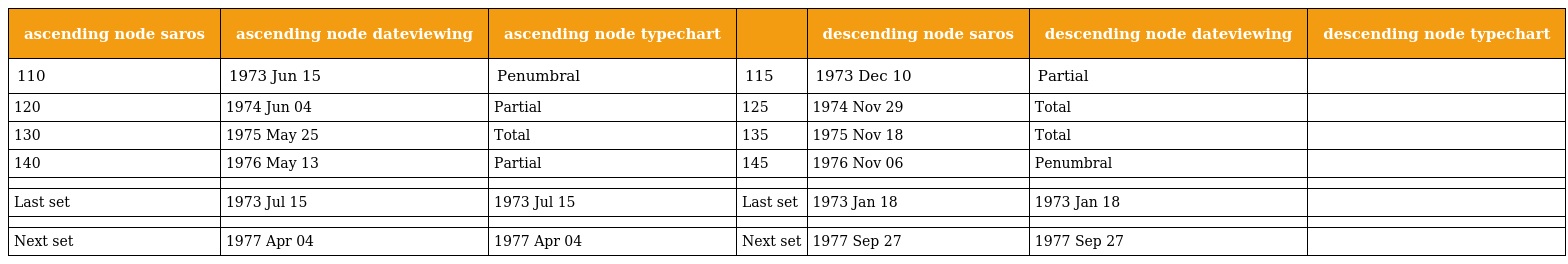
| ascending node saros | ascending node dateviewing | ascending node typechart |  | descending node saros | descending node dateviewing | descending node typechart |
 | --- | --- | --- | --- | --- | --- | --- |
 | 110 | 1973 Jun 15 | Penumbral | 115 | 1973 Dec 10 | Partial |  |
 | 120 | 1974 Jun 04 | Partial | 125 | 1974 Nov 29 | Total |  |
 | 130 | 1975 May 25 | Total | 135 | 1975 Nov 18 | Total |  |
 | 140 | 1976 May 13 | Partial | 145 | 1976 Nov 06 | Penumbral |  |
 |  |  |  |  |  |  |  |
 | Last set | 1973 Jul 15 | 1973 Jul 15 | Last set | 1973 Jan 18 | 1973 Jan 18 |  |
 |  |  |  |  |  |  |  |
 | Next set | 1977 Apr 04 | 1977 Apr 04 | Next set | 1977 Sep 27 | 1977 Sep 27 |  |